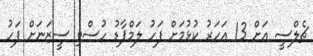
ޗެލްސީ އަށް 13 އަހަރު ކުޅުމަށް ފަހު ލަމްޕާޑު ހުސްވި ސީޒަނަށް ފަހު